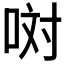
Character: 𠲝